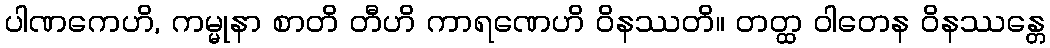
ပါဏကေဟိ, ကမ္မုနာ စာတိ တီဟိ ကာရဏေဟိ ဝိနဿတိ။ တတ္ထ ဝါတေန ဝိနဿန္တေ